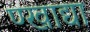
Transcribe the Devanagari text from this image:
ण्खाद्या